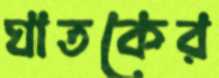
ঘাতকের